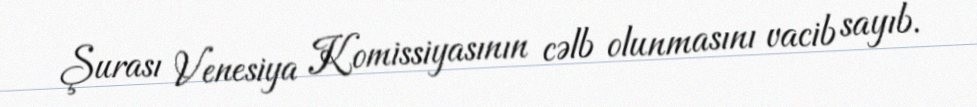
Şurası Venesiya Komissiyasının cəlb olunmasını vacib sayıb.